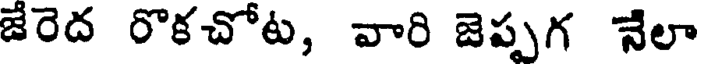
జేరెద రొకచోట, వారి జెప్పగ నేలా